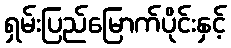
ရှမ်းပြည်မြောက်ပိုင်းနှင့်